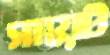
সায়েট